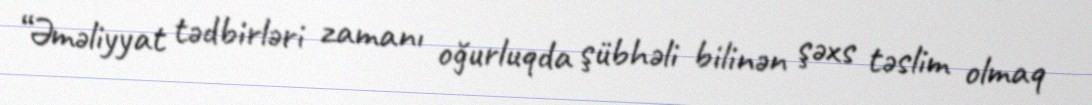
“Əməliyyat tədbirləri zamanı oğurluqda şübhəli bilinən şəxs təslim olmaq